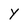
Character: Y